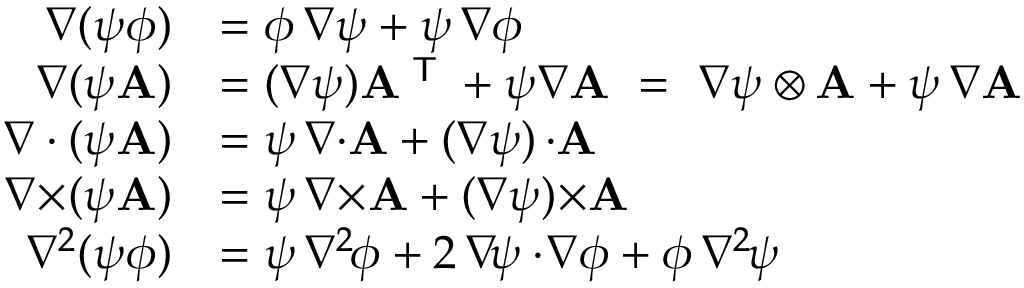
{ \begin{array} { r l } { \nabla ( \psi \phi ) } & { = \phi \, \nabla \psi + \psi \, \nabla \phi } \\ { \nabla ( \psi \mathbf { A } ) } & { = ( \nabla \psi ) \mathbf { A } ^ { \textsf { T } } + \psi \nabla \mathbf { A } \ = \ \nabla \psi \otimes \mathbf { A } + \psi \, \nabla \mathbf { A } } \\ { \nabla \cdot ( \psi \mathbf { A } ) } & { = \psi \, \nabla { \cdot } \mathbf { A } + ( \nabla \psi ) \, { \cdot } \mathbf { A } } \\ { \nabla { \times } ( \psi \mathbf { A } ) } & { = \psi \, \nabla { \times } \mathbf { A } + ( \nabla \psi ) { \times } \mathbf { A } } \\ { \nabla ^ { 2 } ( \psi \phi ) } & { = \psi \, \nabla ^ { 2 \! } \phi + 2 \, \nabla \! \psi \cdot \! \nabla \phi + \phi \, \nabla ^ { 2 \! } \psi } \end{array} }